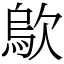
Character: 歍